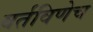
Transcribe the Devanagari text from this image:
वर्तविणेच